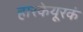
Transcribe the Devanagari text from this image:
हारकेयूरकं